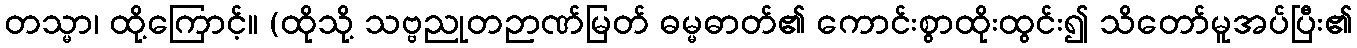
တသ္မာ၊ ထို့ကြောင့်။ (ထိုသို့ သဗ္ဗညုတဉာဏ်မြတ် ဓမ္မဓာတ်၏ ကောင်းစွာထိုးထွင်း၍ သိတော်မူအပ်ပြီး၏